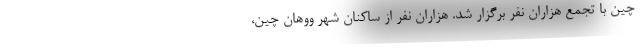
چین با تجمع هزاران نفر برگزار شد. هزاران نفر از ساکنان شهر ووهان چین،